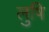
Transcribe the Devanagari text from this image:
लुषि